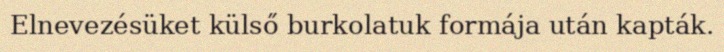
Elnevezésüket külső burkolatuk formája után kapták.